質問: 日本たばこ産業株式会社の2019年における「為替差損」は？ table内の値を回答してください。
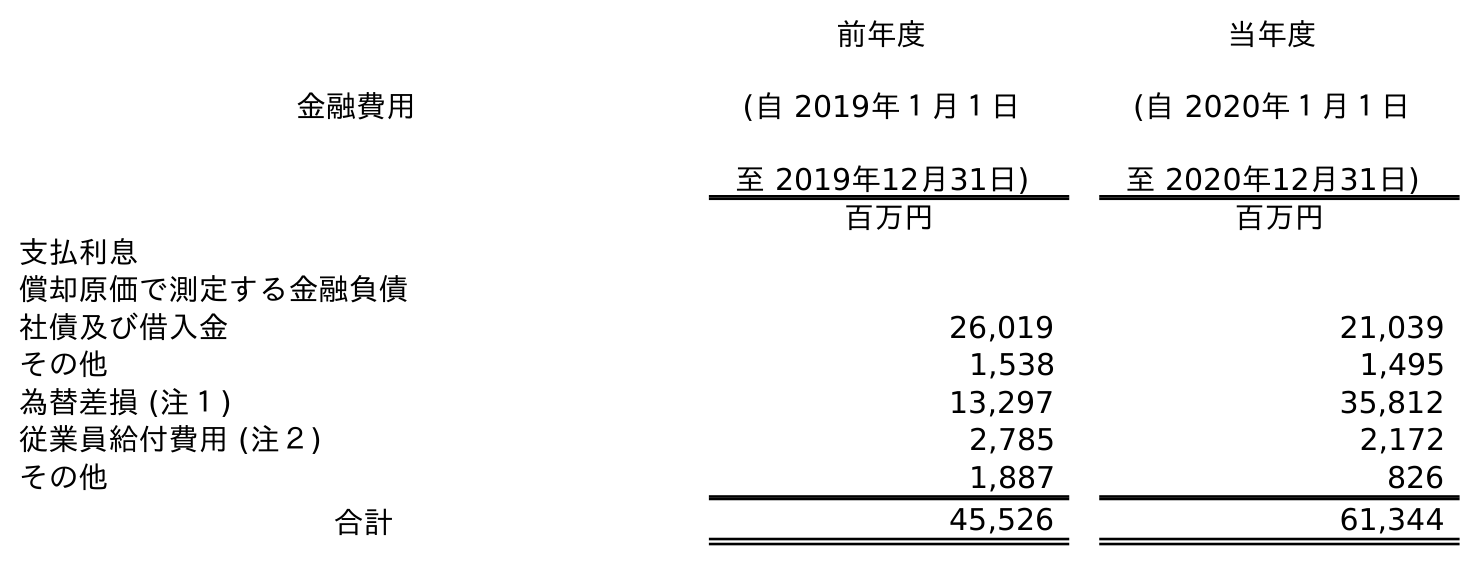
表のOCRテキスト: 金融費用 前年度 (自 2019年１月１日 至 2019年12月31日) 当年度 (自 2020年１月１日 至 2020年12月31日) 百万円 百万円 支払利息 償却原価で測定する金融負債 社債及び借入金 26,019 21,039 その他 1,538 1,495 為替差損 (注１) 13,297 35,812 従業員給付費用 (注２) 2,785 2,172 その他 1,887 826 合計 45,526 61,344
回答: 13,297